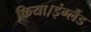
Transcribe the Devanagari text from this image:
किया।इंग्लैंड